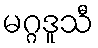
မဂ္ဂဒူသီ